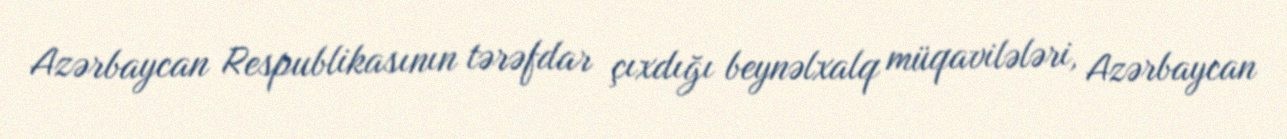
Azərbaycan Respublikasının tərəfdar çıxdığı beynəlxalq müqavilələri, Azərbaycan